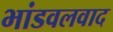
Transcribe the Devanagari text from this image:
भांडवलवाद